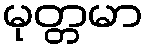
မုတ္တမာ